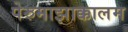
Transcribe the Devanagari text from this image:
पेरुमाझाक्कालम